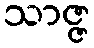
သာဇ္ဇ